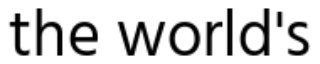
the world's